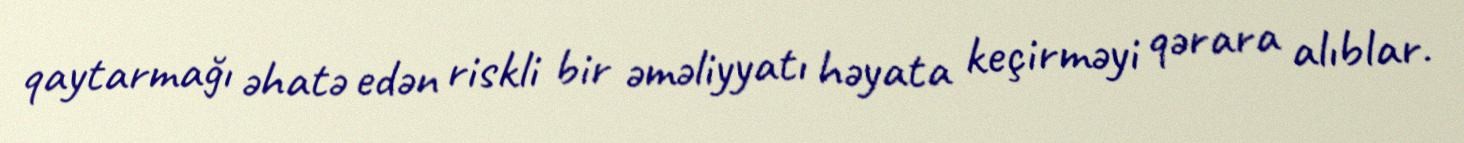
qaytarmağı əhatə edən riskli bir əməliyyatı həyata keçirməyi qərara alıblar.